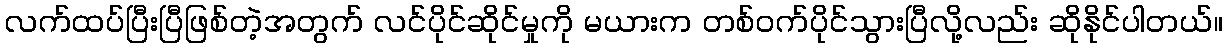
လက်ထပ်ပြီးပြီဖြစ်တဲ့အတွက် လင်ပိုင်ဆိုင်မှုကို မယားက တစ်ဝက်ပိုင်သွားပြီလို့လည်း ဆိုနိုင်ပါတယ်။